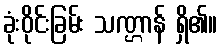
ခုံးဝိုင်းခြမ်း သဏ္ဌာန် ရှိ၏။